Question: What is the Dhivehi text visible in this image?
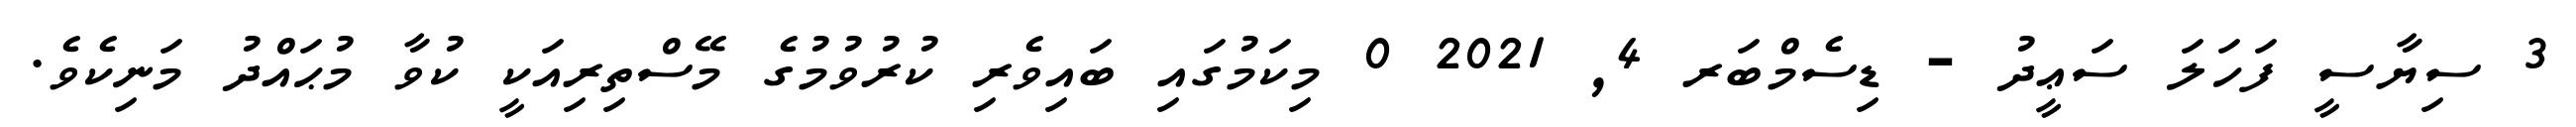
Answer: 3 ސިޔާސީ ފަހަލަ ސަޢީދު - ޑިސެމްބަރ 4, 2021 0 މިކަމުގައި ބައިވެރި ކުރުވުމުގެ މޭސްތިރިއަކީ ކުވާ މުޙައްދު މަނިކެވެ.